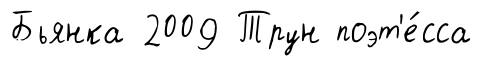
Бьянка 2009 Трун поэт'е́сса